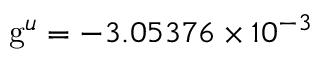
\mathrm { g } ^ { u } = - 3 . 0 5 3 7 6 \times 1 0 ^ { - 3 }